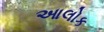
આલોક